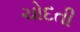
ચોદતી